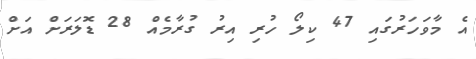
އެ މާވަހަރުގައި 47 ކިލޯ ހުރި އިރު ގުރާމެއް 28 ޑޮލަރަށް އަށް